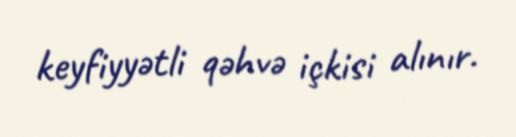
keyfiyyətli qəhvə içkisi alınır.